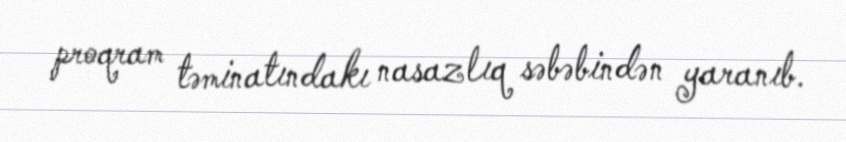
proqram təminatındakı nasazlıq səbəbindən yaranıb.